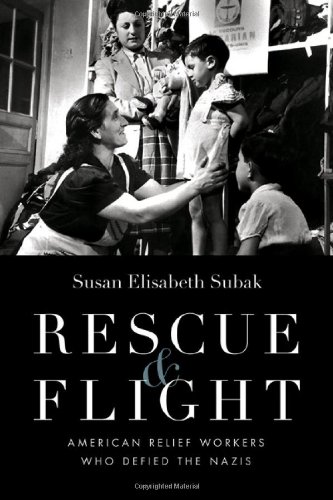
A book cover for Rescue and Flight: American Relief Workers Who Defied the Nazis; Susan Elisabeth Subak; Religion & Spirituality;